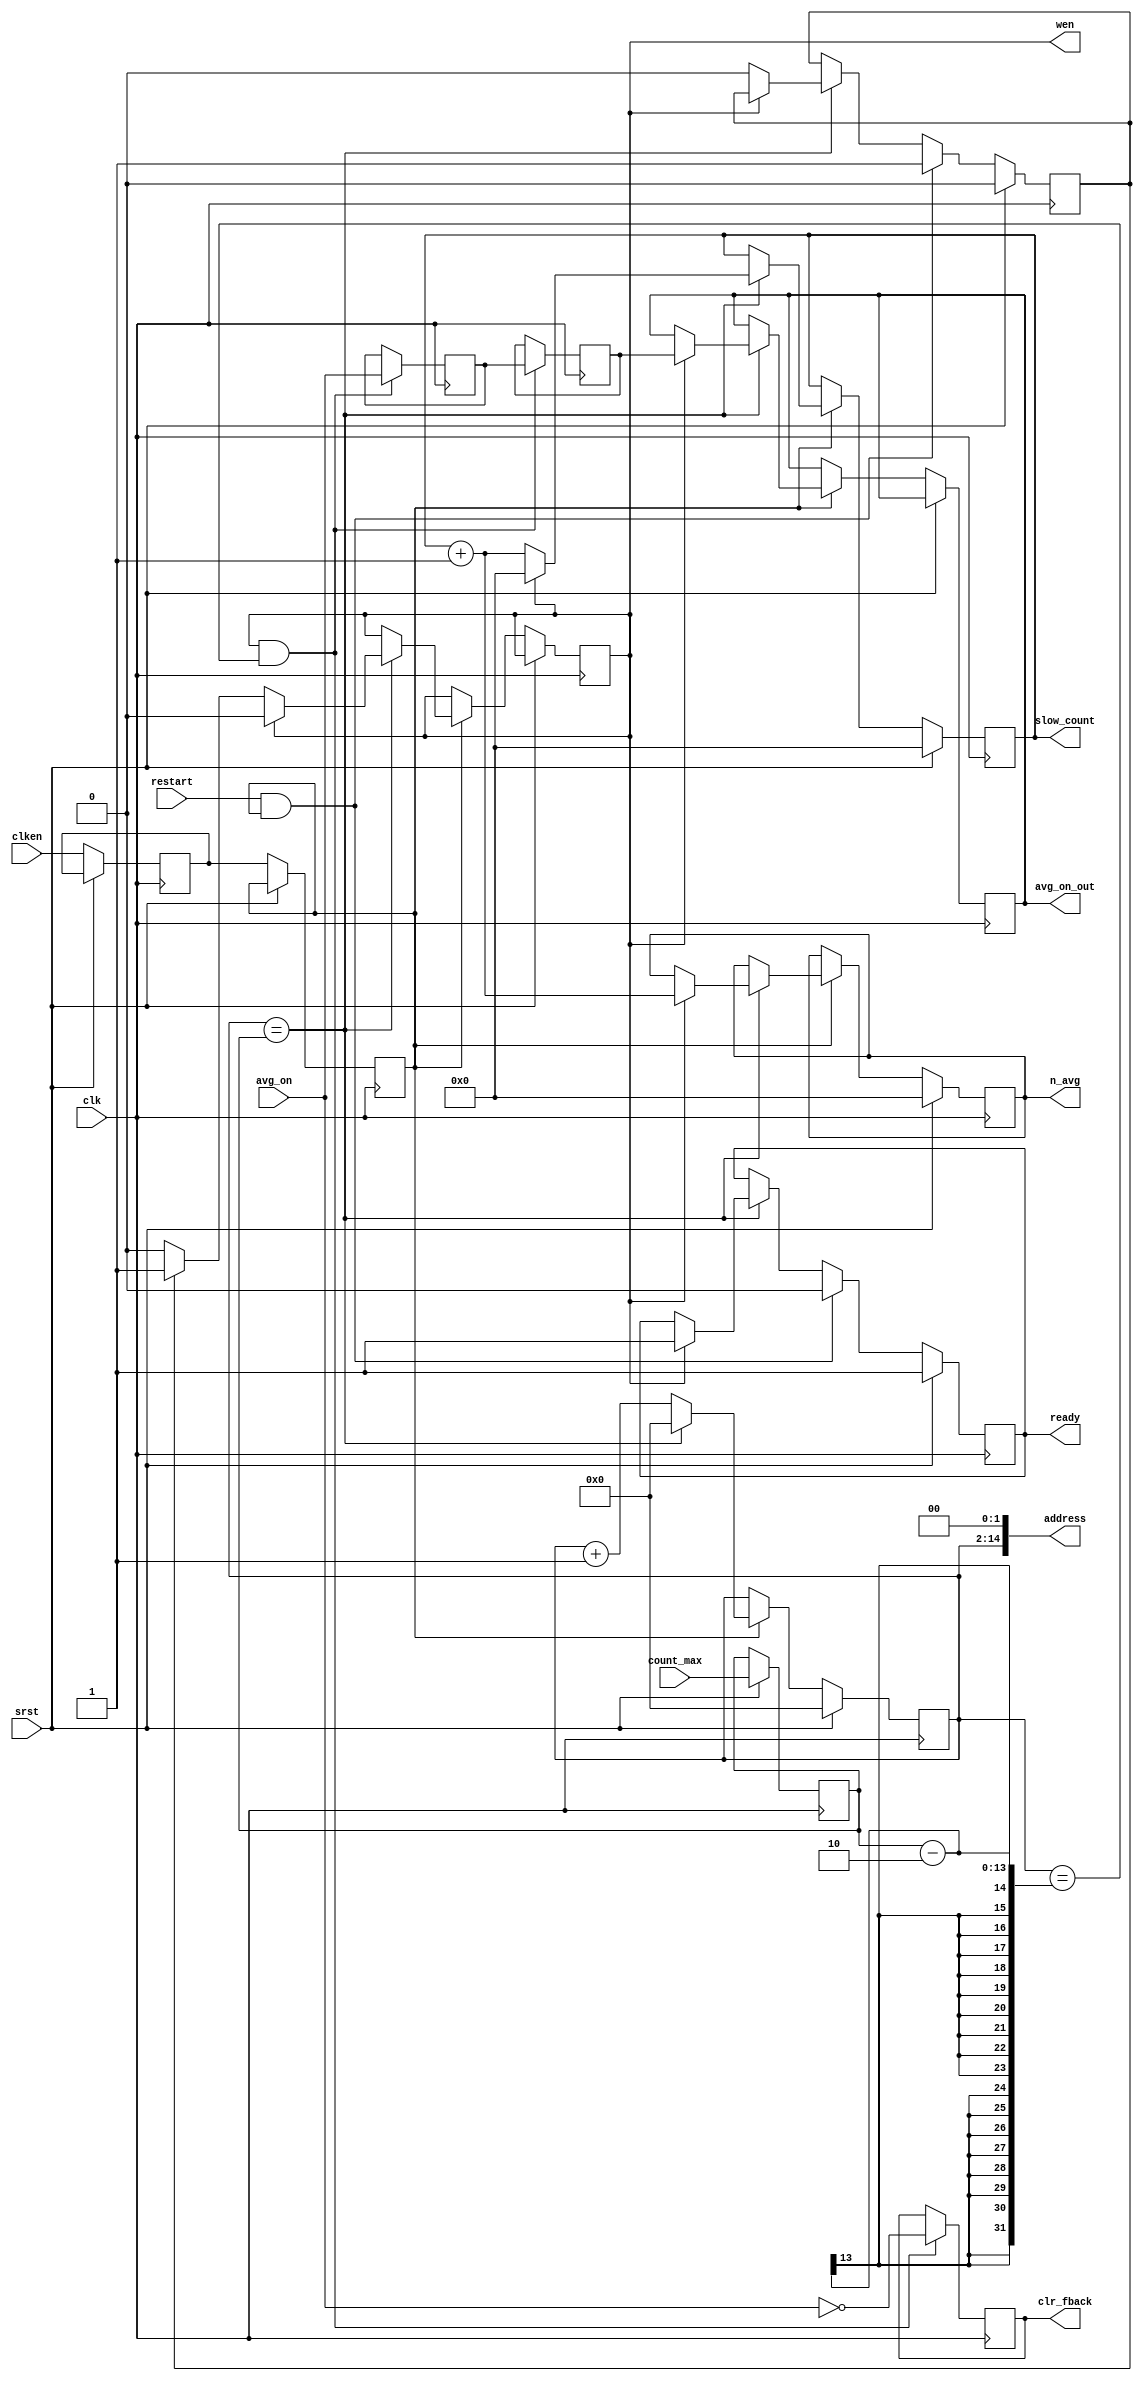
module averager_counter #
(
  parameter integer FAST_COUNT_WIDTH = 13,
  parameter integer SLOW_COUNT_WIDTH = 19
)
(
  input  wire                         restart,
  input  wire                         clken,
  input  wire [FAST_COUNT_WIDTH-1:0]  count_max,
  input  wire                         clk,
  input  wire                         avg_on,
  input  wire                         srst,
  output reg                          ready,
  output reg                          wen,
  output reg [SLOW_COUNT_WIDTH-1:0]   n_avg,
  output reg [SLOW_COUNT_WIDTH-1:0]   slow_count,
  output reg                          clr_fback,
  output reg                          avg_on_out,
  output wire [FAST_COUNT_WIDTH+1:0]  address
);

  reg [FAST_COUNT_WIDTH-1:0] count_max_reg;
  reg clken_reg, clken_reg_;
  reg init_restart;
  reg [FAST_COUNT_WIDTH-1:0] fast_count;
  reg avg_on_out_reg0, avg_on_out_reg1;

  initial begin
    init_restart <= 0;
    fast_count <= 0;
    slow_count <= 0;
    count_max_reg <= {(FAST_COUNT_WIDTH){1'b1}};
    n_avg <= 0;
    ready <= 1;
    wen <= 0;
  end

  always @(posedge clk) begin
    if (srst) begin
      init_restart <= 0;
      ready <= 1;
    end else begin
      if (restart && clken_reg) begin
        init_restart <= 1;
        ready <= 0;
      end else if (fast_count == count_max_reg) begin
        if (wen) begin 
          ready <= 1;
        end else begin
          if (init_restart) begin
            init_restart <= 0;
          end
        end
      end
    end
  end

  always @(posedge clk) begin
    if ((wen) && (fast_count == (count_max_reg - 2))) begin
      clr_fback <= ~avg_on;
      avg_on_out_reg0 <= avg_on;
      avg_on_out_reg1 <= avg_on_out_reg0;
    end
  end

  always @(posedge clk) begin
    if (srst) begin
      count_max_reg <= count_max;
      fast_count <= 0;
      slow_count <= 0;
      n_avg <= 0;
    end else begin
      clken_reg_ <= clken;
      clken_reg <= clken_reg_;
      if (clken_reg) begin
        if (fast_count == count_max_reg) begin
          fast_count <= 0;
          if (wen) begin
            wen <= 0;
            slow_count <= 0;
            n_avg <= slow_count + 1;
            avg_on_out <= avg_on_out_reg1;
          end else begin
            slow_count <= slow_count + 1;
            if (init_restart) begin
              wen <= 1;
            end
          end
        end else begin
          fast_count <= fast_count + 1;
        end
      end
    end
  end

  assign address = {fast_count, 2'b0};

endmodule